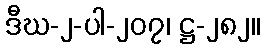
ဒီဃ-၂-ပါ-၂၀၇၊ ဋ္ဌ-၂၈၂။